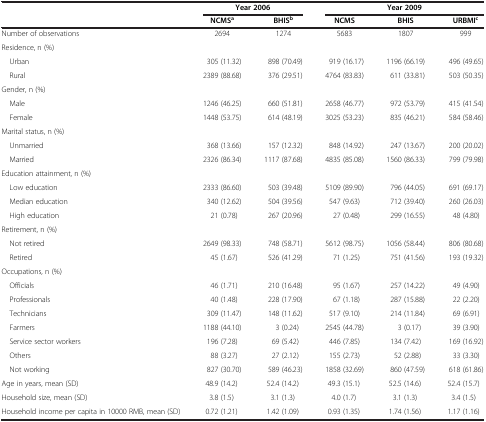
<table><thead><tr><td><b> </b></td><td colspan="2"><b>Year 2006</b></td><td colspan="3"><b>Year 2009</b></td></tr><tr><td><b> </b></td><td><b>NCMS<sup>a</sup></b></td><td><b>BHIS<sup>b</sup></b></td><td><b>NCMS</b></td><td><b>BHIS</b></td><td><b>URBMI<sup>c</sup></b></td></tr></thead><tbody><tr><td>Number of observations</td><td>2694</td><td>1274</td><td>5683</td><td>1807</td><td>999</td></tr><tr><td>Residence, n (%)</td><td> </td><td> </td><td> </td><td> </td><td> </td></tr><tr><td> Urban</td><td>305 (11.32)</td><td>898 (70.49)</td><td>919 (16.17)</td><td>1196 (66.19)</td><td>496 (49.65)</td></tr><tr><td> Rural</td><td>2389 (88.68)</td><td>376 (29.51)</td><td>4764 (83.83)</td><td>611 (33.81)</td><td>503 (50.35)</td></tr><tr><td>Gender, n (%)</td><td> </td><td> </td><td> </td><td> </td><td> </td></tr><tr><td> Male</td><td>1246 (46.25)</td><td>660 (51.81)</td><td>2658 (46.77)</td><td>972 (53.79)</td><td>415 (41.54)</td></tr><tr><td> Female</td><td>1448 (53.75)</td><td>614 (48.19)</td><td>3025 (53.23)</td><td>835 (46.21)</td><td>584 (58.46)</td></tr><tr><td>Marital status, n (%)</td><td> </td><td> </td><td> </td><td> </td><td> </td></tr><tr><td> Unmarried</td><td>368 (13.66)</td><td>157 (12.32)</td><td>848 (14.92)</td><td>247 (13.67)</td><td>200 (20.02)</td></tr><tr><td> Married</td><td>2326 (86.34)</td><td>1117 (87.68)</td><td>4835 (85.08)</td><td>1560 (86.33)</td><td>799 (79.98)</td></tr><tr><td>Education attainment, n (%)</td><td> </td><td> </td><td> </td><td> </td><td> </td></tr><tr><td> Low education</td><td>2333 (86.60)</td><td>503 (39.48)</td><td>5109 (89.90)</td><td>796 (44.05)</td><td>691 (69.17)</td></tr><tr><td> Median education</td><td>340 (12.62)</td><td>504 (39.56)</td><td>547 (9.63)</td><td>712 (39.40)</td><td>260 (26.03)</td></tr><tr><td> High education</td><td>21 (0.78)</td><td>267 (20.96)</td><td>27 (0.48)</td><td>299 (16.55)</td><td>48 (4.80)</td></tr><tr><td>Retirement, n (%)</td><td> </td><td> </td><td> </td><td> </td><td> </td></tr><tr><td> Not retired</td><td>2649 (98.33)</td><td>748 (58.71)</td><td>5612 (98.75)</td><td>1056 (58.44)</td><td>806 (80.68)</td></tr><tr><td> Retired</td><td>45 (1.67)</td><td>526 (41.29)</td><td>71 (1.25)</td><td>751 (41.56)</td><td>193 (19.32)</td></tr><tr><td>Occupations, n (%)</td><td> </td><td> </td><td> </td><td> </td><td> </td></tr><tr><td> Officials</td><td>46 (1.71)</td><td>210 (16.48)</td><td>95 (1.67)</td><td>257 (14.22)</td><td>49 (4.90)</td></tr><tr><td> Professionals</td><td>40 (1.48)</td><td>228 (17.90)</td><td>67 (1.18)</td><td>287 (15.88)</td><td>22 (2.20)</td></tr><tr><td> Technicians</td><td>309 (11.47)</td><td>148 (11.62)</td><td>517 (9.10)</td><td>214 (11.84)</td><td>69 (6.91)</td></tr><tr><td> Farmers</td><td>1188 (44.10)</td><td>3 (0.24)</td><td>2545 (44.78)</td><td>3 (0.17)</td><td>39 (3.90)</td></tr><tr><td> Service sector workers</td><td>196 (7.28)</td><td>69 (5.42)</td><td>446 (7.85)</td><td>134 (7.42)</td><td>169 (16.92)</td></tr><tr><td> Others</td><td>88 (3.27)</td><td>27 (2.12)</td><td>155 (2.73)</td><td>52 (2.88)</td><td>33 (3.30)</td></tr><tr><td> Not working</td><td>827 (30.70)</td><td>589 (46.23)</td><td>1858 (32.69)</td><td>860 (47.59)</td><td>618 (61.86)</td></tr><tr><td>Age in years, mean (SD)</td><td>48.9 (14.2)</td><td>52.4 (14.2)</td><td>49.3 (15.1)</td><td>52.5 (14.6)</td><td>52.4 (15.7)</td></tr><tr><td>Household size, mean (SD)</td><td>3.8 (1.5)</td><td>3.1 (1.3)</td><td>4.0 (1.7)</td><td>3.1 (1.3)</td><td>3.4 (1.5)</td></tr><tr><td>Household income per capita in 10000 RMB, mean (SD)</td><td>0.72 (1.21)</td><td>1.42 (1.09)</td><td>0.93 (1.35)</td><td>1.74 (1.56)</td><td>1.17 (1.16)</td></tr></tbody></table>